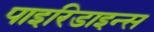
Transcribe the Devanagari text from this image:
पाइरिडाइन्स